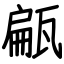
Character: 甂